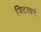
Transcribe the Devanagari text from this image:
जिटरबर्ग